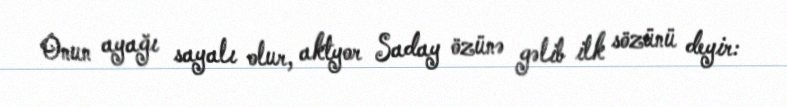
Onun ayağı sayalı olur, aktyor Saday özünə gəlib ilk sözünü deyir: